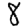
Digit: 8